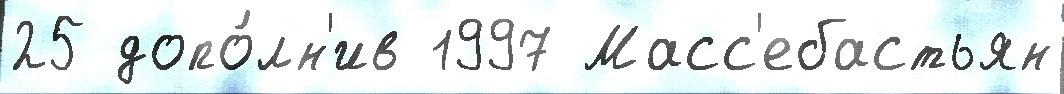
25 допо́лн'ив 1997 Масс'ебастьян